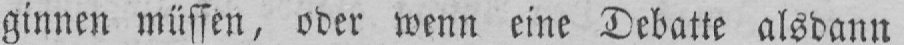
ginnen müssen, oder wenn eine Debatte alsdann